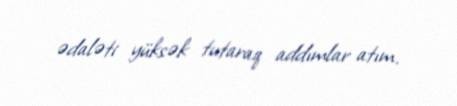
ədaləti yüksək tutaraq addımlar atım.